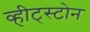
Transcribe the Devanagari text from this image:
व्हीट्स्टोन